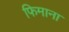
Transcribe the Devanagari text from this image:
फिमाना